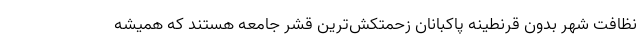
نظافت شهر بدون قرنطینه پاکبانان زحمتکش‌ترین قشر جامعه هستند که همیشه